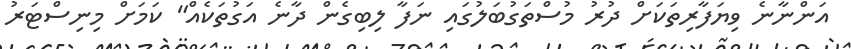
އަންނާނެ ވިޔަފާރިތަކަށް ދުރު މުސްތަގުބަލުގައި ނަފާ ލިބިގެން ދާނެ އަގުތަކެއް" ކަމަށް މިނިސްޓަރު